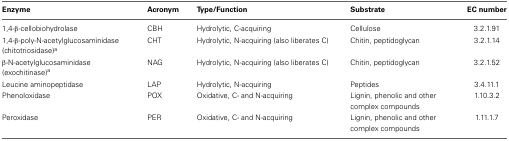
| Enzyme | Acronym | Type/Function | Substrate | EC number |
 | --- | --- | --- | --- | --- |
 | 1,4-β-cellobiohydrolase | CBH | Hydrolytic, C-acquiring | Cellulose | 3.2.1.91 |
 | 1,4-β-poly-N-acetylglucosaminidase (chitotriosidase)a | CHT | Hydrolytic, N-acquiring (also liberates C) | Chitin, peptidoglycan | 3.2.1.14 |
 | β-N-acetylglucosaminidase (exochitinase)a | NAG | Hydrolytic, N-acquiring (also liberates C) | Chitin, peptidoglycan | 3.2.1.52 |
 | Leucine aminopeptidase | LAP | Hydrolytic, N-acquiring | Peptides | 3.4.11.1 |
 | Phenoloxidase | POX | Oxidative, C- and N-acquiring | Lignin, phenolic and other complex compounds | 1.10.3.2 |
 | Peroxidase | PER | Oxidative, C- and N-acquiring | Lignin, phenolic and other complex compounds | 1.11.1.7 |